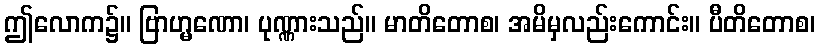
ဤလောက၌။ ဗြာဟ္မဏော၊ ပုဏ္ဏားသည်။ မာတိတောစ၊ အမိမှလည်းကောင်း။ ပီတိတောစ၊